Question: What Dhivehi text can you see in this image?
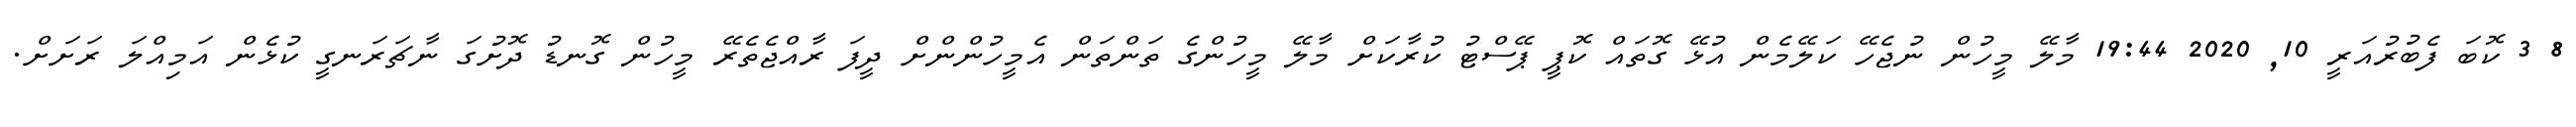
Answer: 8 3 ކޮބަ ފެބުރުއަރީ 10, 2020 19:44 މާލޭ މީހުން ނުޖެހޭ ކަލޭމެން އުޅޭ ގޮތައް ކޮޕީ ޕޭސްޓު ކުރާކަށް މާލޭ މީހުންގެ ތަންތަން އެމީހުންންށް ދީފަ ރާއްޖެތެރޭ މީހުން ގޮނޑު ދޮށުގަ ނާޗަރަނގީ ކުޅެން އަމިއްލަ ރަށަށް.